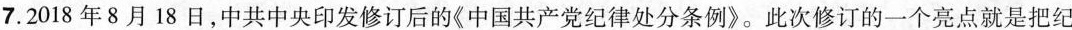
7.2018年8月18日，中共中央印发修订后的《中国共产党纪律处分条例》。此次修订的一个亮点就是把纪